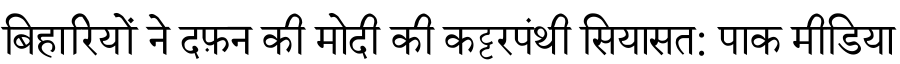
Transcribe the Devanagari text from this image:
बिहारियों ने दफ़न की मोदी की कट्टरपंथी सियासत: पाक मीडिया